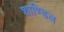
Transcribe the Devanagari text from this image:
शाण्डिल